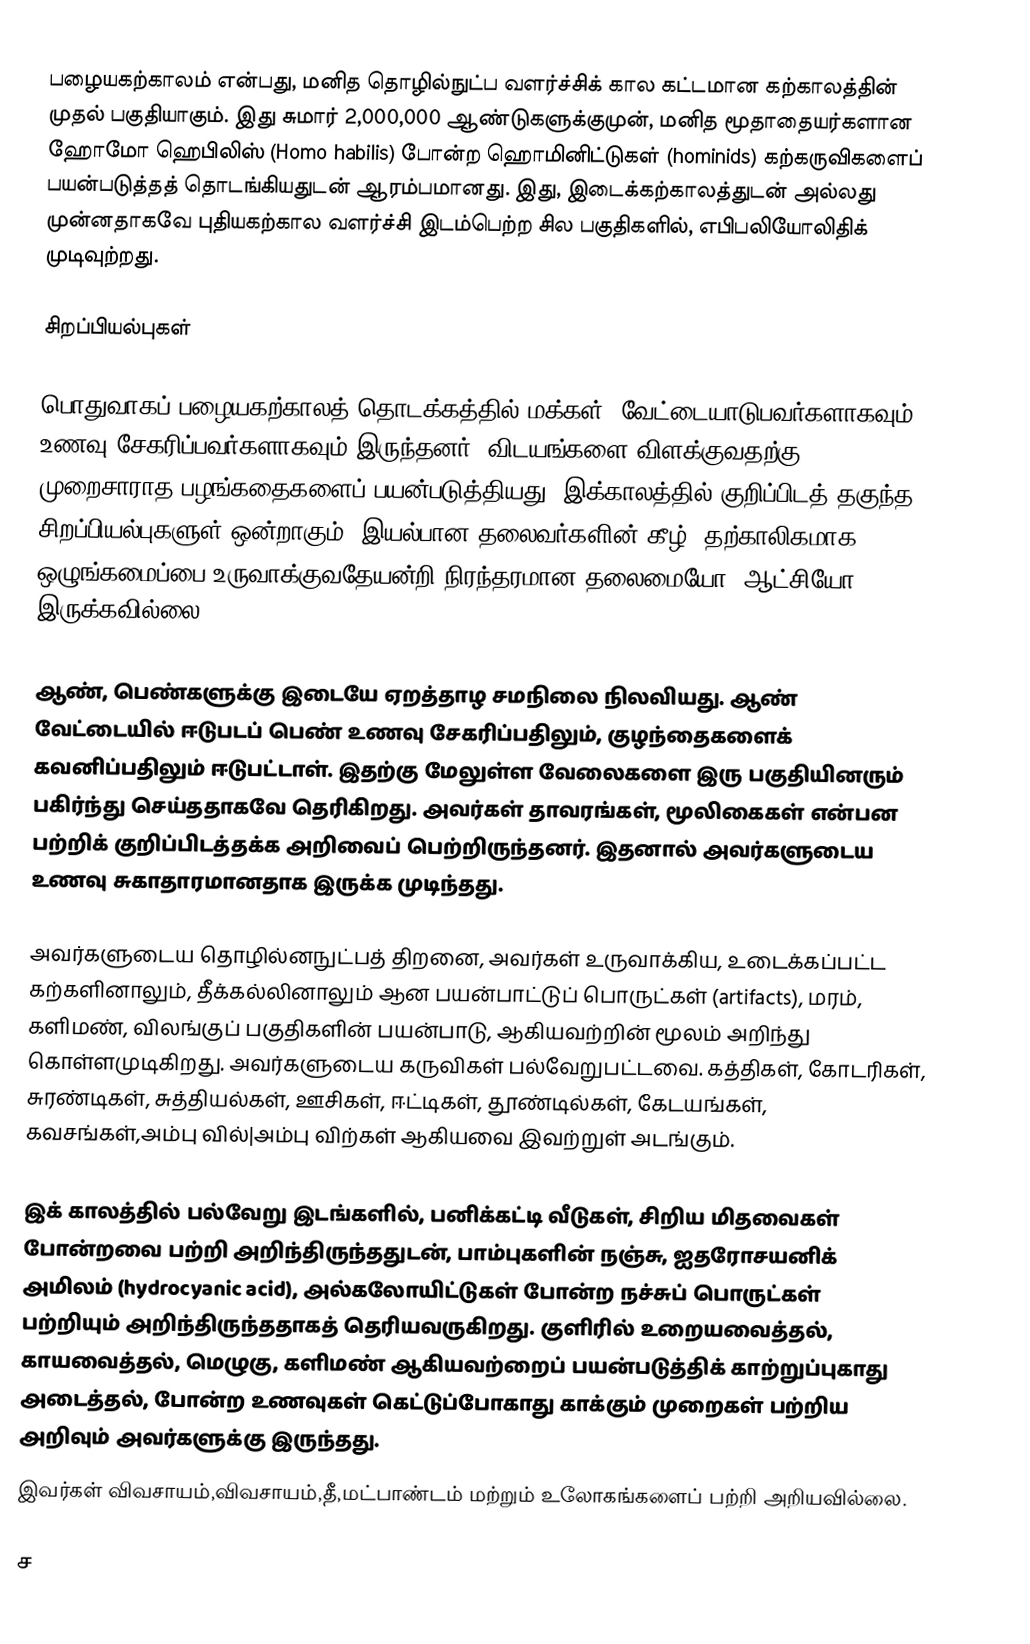
பழையகற்காலம் என்பது, மனித தொழில்நுட்ப வளர்ச்சிக் கால கட்டமான கற்காலத்தின் முதல் பகுதியாகும். இது சுமார் 2,000,000 ஆண்டுகளுக்குமுன், மனித மூதாதையர்களான ஹோமோ ஹெபிலிஸ் (Homo habilis) போன்ற ஹொமினிட்டுகள் (hominids) கற்கருவிகளைப் பயன்படுத்தத் தொடங்கியதுடன் ஆரம்பமானது. இது, இடைக்கற்காலத்துடன் அல்லது முன்னதாகவே புதியகற்கால வளர்ச்சி இடம்பெற்ற சில பகுதிகளில்,   எபிபலியோலிதிக் முடிவுற்றது.

சிறப்பியல்புகள்

பொதுவாகப் பழையகற்காலத் தொடக்கத்தில் மக்கள், வேட்டையாடுபவர்களாகவும், உணவு சேகரிப்பவர்களாகவும் இருந்தனர். விடயங்களை விளக்குவதற்கு, முறைசாராத பழங்கதைகளைப் பயன்படுத்தியது, இக்காலத்தில் குறிப்பிடத் தகுந்த சிறப்பியல்புகளுள் ஒன்றாகும். இயல்பான தலைவர்களின் கீழ், தற்காலிகமாக ஒழுங்கமைப்பை உருவாக்குவதேயன்றி நிரந்தரமான தலைமையோ, ஆட்சியோ இருக்கவில்லை.

ஆண், பெண்களுக்கு இடையே ஏறத்தாழ சமநிலை நிலவியது. ஆண் வேட்டையில் ஈடுபடப் பெண் உணவு சேகரிப்பதிலும், குழந்தைகளைக் கவனிப்பதிலும் ஈடுபட்டாள். இதற்கு மேலுள்ள வேலைகளை இரு பகுதியினரும் பகிர்ந்து செய்ததாகவே தெரிகிறது. அவர்கள் தாவரங்கள், மூலிகைகள் என்பன பற்றிக் குறிப்பிடத்தக்க அறிவைப் பெற்றிருந்தனர். இதனால் அவர்களுடைய உணவு சுகாதாரமானதாக இருக்க முடிந்தது.

அவர்களுடைய தொழில்னநுட்பத் திறனை, அவர்கள் உருவாக்கிய, உடைக்கப்பட்ட கற்களினாலும், தீக்கல்லினாலும் ஆன பயன்பாட்டுப் பொருட்கள் (artifacts), மரம், களிமண், விலங்குப் பகுதிகளின் பயன்பாடு, ஆகியவற்றின் மூலம் அறிந்து கொள்ளமுடிகிறது. அவர்களுடைய கருவிகள் பல்வேறுபட்டவை. கத்திகள், கோடரிகள், சுரண்டிகள், சுத்தியல்கள், ஊசிகள், ஈட்டிகள், தூண்டில்கள், கேடயங்கள், கவசங்கள்,அம்பு வில்|அம்பு விற்கள் ஆகியவை இவற்றுள் அடங்கும்.

இக் காலத்தில் பல்வேறு இடங்களில், பனிக்கட்டி வீடுகள், சிறிய மிதவைகள் போன்றவை பற்றி அறிந்திருந்ததுடன், பாம்புகளின் நஞ்சு, ஐதரோசயனிக் அமிலம் (hydrocyanic acid), அல்கலோயிட்டுகள் போன்ற நச்சுப் பொருட்கள் பற்றியும் அறிந்திருந்ததாகத் தெரியவருகிறது. குளிரில் உறையவைத்தல், காயவைத்தல், மெழுகு, களிமண் ஆகியவற்றைப் பயன்படுத்திக் காற்றுப்புகாது அடைத்தல், போன்ற உணவுகள் கெட்டுப்போகாது காக்கும் முறைகள் பற்றிய அறிவும் அவர்களுக்கு இருந்தது.
இவர்கள் விவசாயம்,விவசாயம்,தீ,மட்பாண்டம் மற்றும் உலோகங்களைப் பற்றி அறியவில்லை.

ச